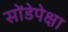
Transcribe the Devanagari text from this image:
सोंडेपेक्षा